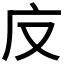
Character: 𭙎